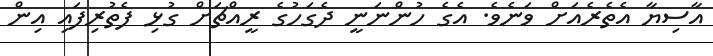
އާސިޔާ އެތެރެއަށް ވަނެވެ. އެގެ ހުންނަނީ ދެގަހުގެ ރީއްޗަށް ގުޅި ފެތުރިފައި އިން